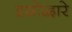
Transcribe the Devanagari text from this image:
इस्रोद्वारे